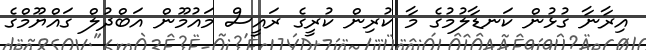
އިރާނާ ގުޅުން ކަނޑާލުމުގެ މާ ކުރިން ކުރީގެ ރައީސް މައުމޫން އަބްދުލް ގައްޔޫމްގެ